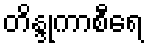
တိန္ဒုကာစီရေ